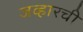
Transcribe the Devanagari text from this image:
जव्हारची